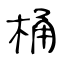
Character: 桶